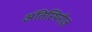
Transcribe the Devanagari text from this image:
अंतिस्थिनीज़